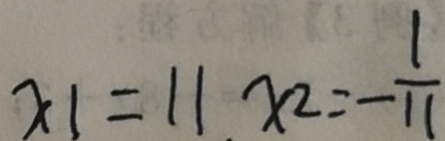
x 1 = 1 1 x _ { 2 } = - \frac { 1 } { 1 1 }